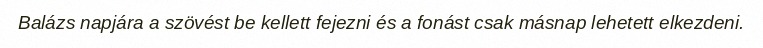
Balázs napjára a szövést be kellett fejezni és a fonást csak másnap lehetett elkezdeni.